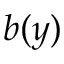
b ( y )